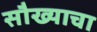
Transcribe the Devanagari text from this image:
सौख्याचा